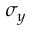
\sigma _ { y }